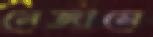
নেজামে